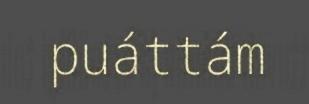
puáttám